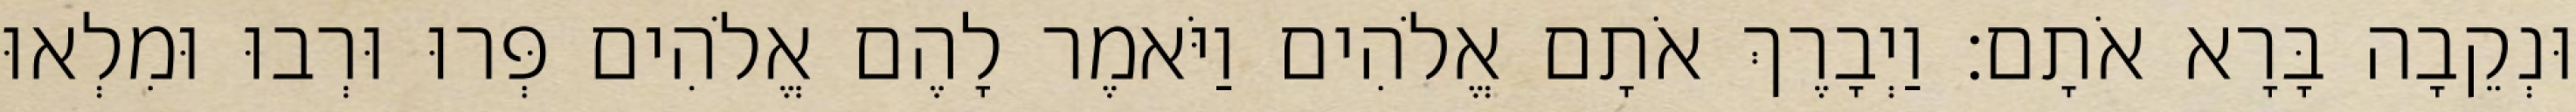
וּנְקֵבָה בָּרָא אֹתָם׃ וַיְבָרֶךְ אֹתָם אֱלֹהִים וַיֹּאמֶר לָהֶם אֱלֹהִים פְּרוּ וּרְבוּ וּמִלְאוּ